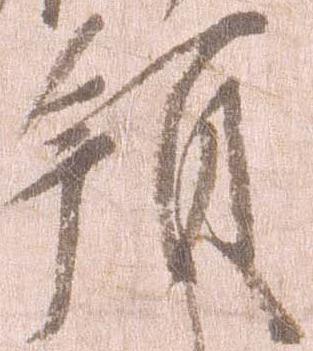
領